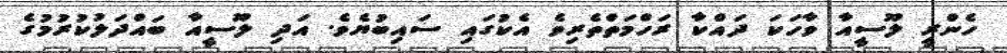
ހެންރީ ލޫސީއާ ވާހަކަ ދައްކާ ރަހްމަތްތެރިވެ އެކުގައި ސައިބުޔެވެ. އަދި ލޫސީއާ ބައްދަލުކުރުމުގެ